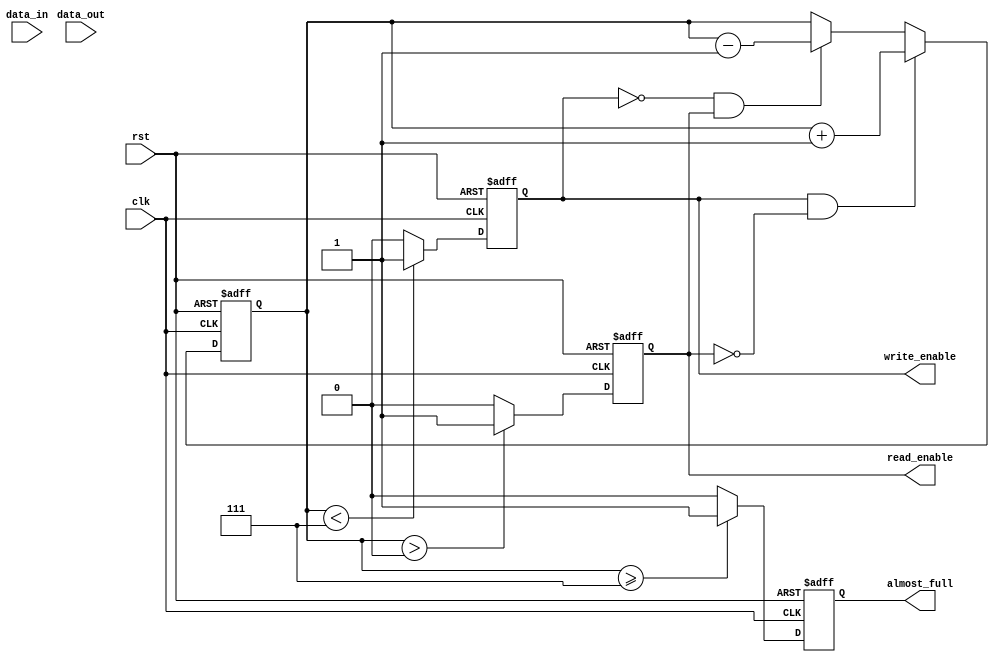
module Almost_Full_FIFO (
  input clk,
  input rst,
  input data_in,
  input data_out,
  output reg almost_full,
  output reg write_enable,
  output reg read_enable
);

reg [7:0] fifo_count;

always @(posedge clk or posedge rst) begin
  if (rst) begin
    fifo_count <= 8'b0;
    almost_full <= 1'b0;
  end else begin
    if (write_enable && !read_enable) begin
      fifo_count <= fifo_count + 1;
    end else if (!write_enable && read_enable) begin
      fifo_count <= fifo_count - 1;
    end
    
    if (fifo_count >= 8'b111) begin
      almost_full <= 1'b1;
    end else begin
      almost_full <= 1'b0;
    end
  end
end

always @(posedge clk or posedge rst) begin
  if (rst) begin
    write_enable <= 1'b0;
    read_enable <= 1'b0;
  end else begin
    if (fifo_count < 8'b111) begin
      write_enable <= 1'b1;
    end else begin
      write_enable <= 1'b0;
    end
    
    if (fifo_count > 8'b0) begin
      read_enable <= 1'b1;
    end else begin
      read_enable <= 1'b0;
    end
  end
end

endmodule